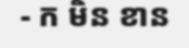
- ក មិន ខាន